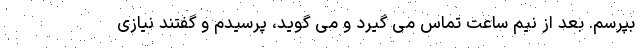
بپرسم. بعد از نیم ساعت تماس می گیرد و می گوید، پرسیدم و گفتند نیازی